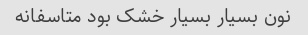
نون بسیار بسیار خشک بود متاسفانه